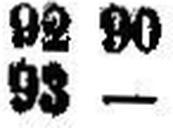
93 —